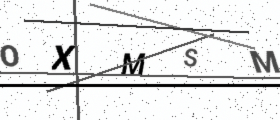
Text: OXMSM